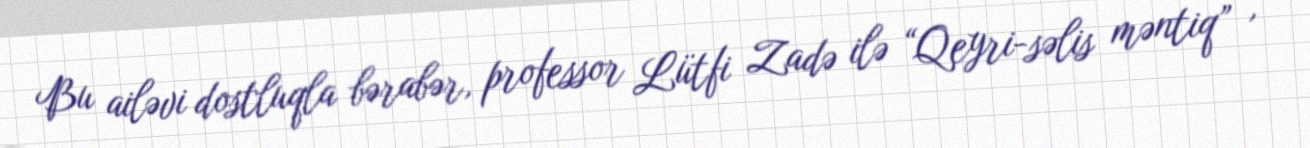
Bu ailəvi dostluqla bərabər, professor Lütfi Zadə ilə “Qeyri-səlis məntiq” ,